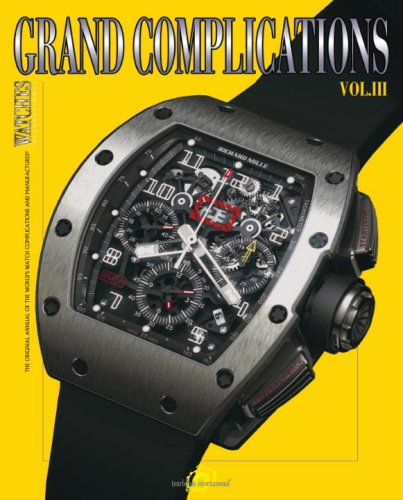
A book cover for Grand Complications Volume III: High Quality Watchmaking; Tourbillon International; Crafts, Hobbies & Home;